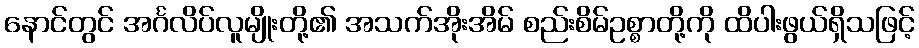
နောင်တွင် အင်္ဂလိပ်လူမျိုးတို့၏ အသက်အိုးအိမ် စည်းစိမ်ဥစ္စာတို့ကို ထိပါးဖွယ်ရှိသဖြင့်